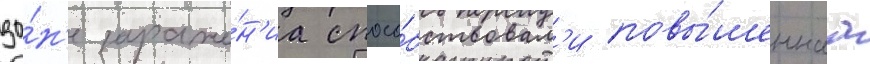
зо́н'е зараже́н'иа спосо́бствовал'и повы́шеннаа